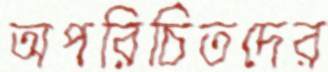
অপরিচিতদের